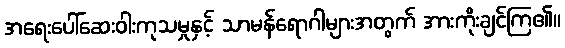
အရေးပေါ်ဆေးဝါးကုသမှုနှင့် သာမန်ရောဂါများအတွက် အားကိုးချင်ကြ၏။